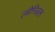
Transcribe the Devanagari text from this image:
लीनिअल